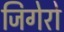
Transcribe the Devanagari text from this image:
जिगेरो